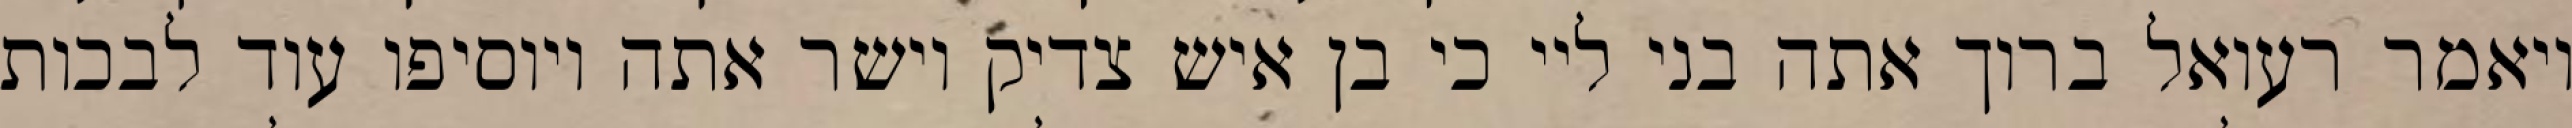
ויאמר רעואל ברוך אתה בני ליי כי בן איש צדיק וישר אתה ויוסיפו עוד לבכות